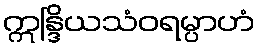
ဣန္ဒြိယသံဝရမ္ပာဟံ